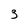
Character: 3